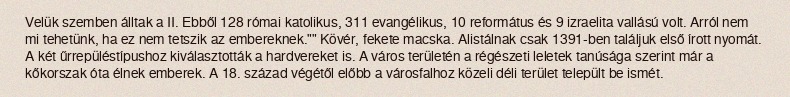
Velük szemben álltak a II. Ebből 128 római katolikus, 311 evangélikus, 10 református és 9 izraelita vallású volt. Arról nem mi tehetünk, ha ez nem tetszik az embereknek."" Kövér, fekete macska. Alistálnak csak 1391-ben találjuk első írott nyomát. A két űrrepüléstípushoz kiválasztották a hardvereket is. A város területén a régészeti leletek tanúsága szerint már a kőkorszak óta élnek emberek. A 18. század végétől előbb a városfalhoz közeli déli terület települt be ismét.